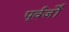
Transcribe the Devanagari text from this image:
पूर्वर्जों